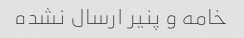
خامه و پنیر ارسال نشده